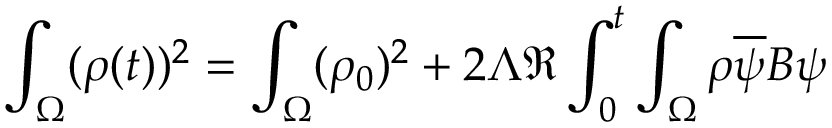
\int _ { \Omega } ( \rho ( t ) ) ^ { 2 } = \int _ { \Omega } ( \rho _ { 0 } ) ^ { 2 } + 2 \Lambda \Re \int _ { 0 } ^ { t } \int _ { \Omega } \rho \overline { { \psi } } B \psi